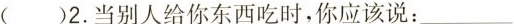
( )2.当别人给你东西吃时,你应该说:___